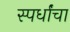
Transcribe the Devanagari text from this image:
स्पर्धांंचा